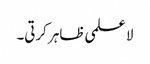
لا علمی ظاہر کرتی۔